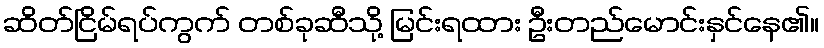
ဆိတ်ငြိမ်ရပ်ကွက် တစ်ခုဆီသို့ မြင်းရထား ဦးတည်မောင်းနှင်နေ၏။